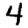
Digit: 4